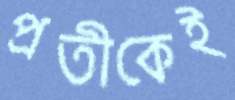
প্রতীকেই